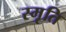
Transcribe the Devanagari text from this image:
स्मृ़ति